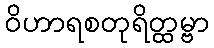
ဝိဟာရစတုရိတ္ထမ္ဗာ